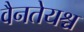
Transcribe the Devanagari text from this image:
वैनतेयश्च